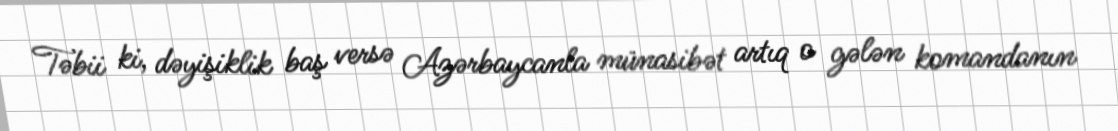
Təbii ki, dəyişiklik baş versə Azərbaycanla münasibət artıq o gələn komandanın